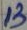
Text: 13